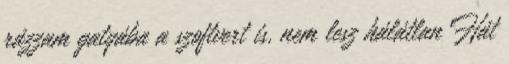
rázzam gatyába a szoftvert is, nem lesz hálátlan Hát